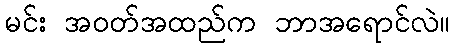
မင်း အဝတ်အထည်က ဘာအရောင်လဲ။